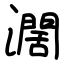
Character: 濶